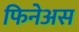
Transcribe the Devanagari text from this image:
फिनेअस